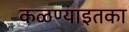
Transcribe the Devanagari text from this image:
कळण्याइतका